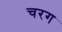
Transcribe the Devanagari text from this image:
चरग